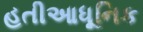
હતીઆધૂનિક